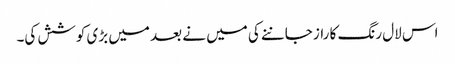
اس لال رنگ کا راز جاننے کی میں نے بعد میں بڑی کوشش کی۔